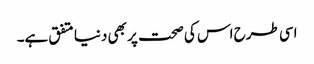
اسی طرح اس کی صحت پر بھی دنیا متفق ہے۔